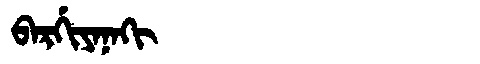
Manchu: ᠪᠠᡵᡤᡳᠶᠠᠨᠠᡴᡳ
Romanization: BARGIYANAKI